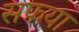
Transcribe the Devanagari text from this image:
सफया